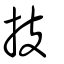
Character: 技